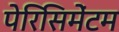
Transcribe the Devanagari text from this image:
पेरिसिमेंटम